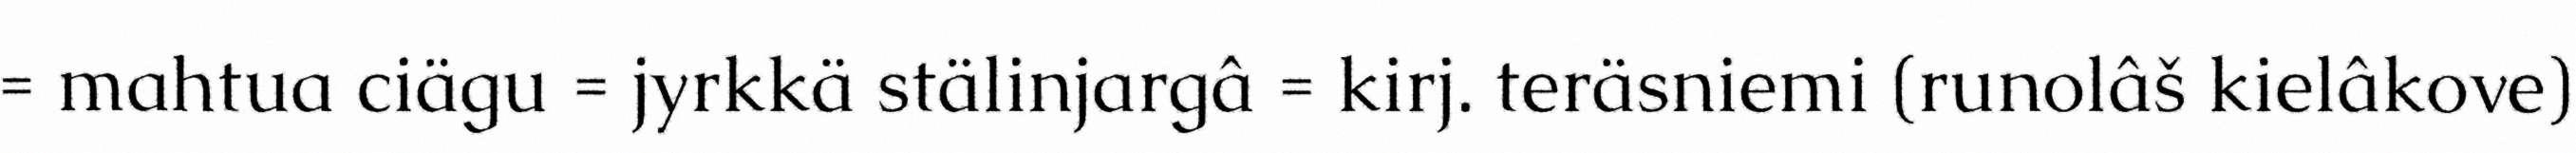
= mahtua ciägu = jyrkkä stälinjargâ = kirj. teräsniemi (runolâš kielâkove)